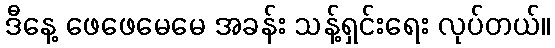
ဒီနေ့ ဖေဖေမေမေ အခန်း သန့်ရှင်းရေး လုပ်တယ်။